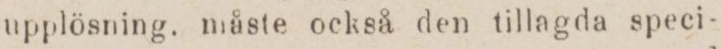
upplösning, måste också den tillagda speci-